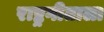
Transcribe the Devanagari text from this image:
राष्ट्रगीताला